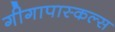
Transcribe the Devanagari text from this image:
गीगापास्कल्स